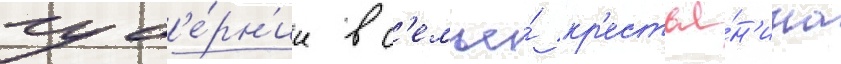
губ'е́рн'ии в с'емье́ кр'естья́н'ина